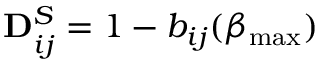
\mathbf { D } _ { i j } ^ { S } = 1 - b _ { i j } ( \beta _ { \operatorname* { m a x } } )